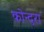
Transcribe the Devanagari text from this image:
कोन्दरा